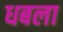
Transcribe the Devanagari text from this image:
धबला